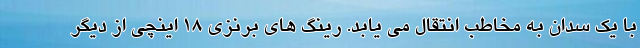
با یک سدان به مخاطب انتقال می یابد. رینگ های برنزی 18 اینچی از دیگر